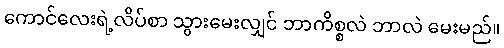
ကောင်လေးရဲ့လိပ်စာ သွားမေးလျှင် ဘာက်ိစ္စလဲ ဘာလဲ မေးမည်။